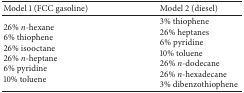
<table><thead><tr><td><b>Model 1 (FCC gasoline)</b></td><td><b>Model 2 (diesel)</b></td></tr></thead><tbody><tr><td>26% <i>n</i>-hexane6% thiophene26% isooctane26% <i>n</i>-heptane6% pyridine10% toluene</td><td>3% thiophene26% heptanes6% pyridine10% toluene26% <i>n</i>-dodecane26% <i>n</i>-hexadecane3% dibenzothiophene</td></tr></tbody></table>